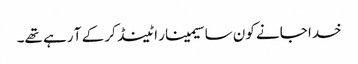
خدا جانے کون سا سیمینار اٹینڈ کر کے آ رہے تھے۔